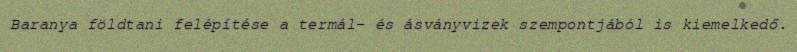
Baranya földtani felépítése a termál- és ásványvizek szempontjából is kiemelkedő.